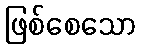
ဖြစ်စေသော